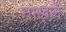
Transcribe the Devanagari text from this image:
नाखले